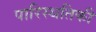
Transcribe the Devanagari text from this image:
पारिस्थतिकी